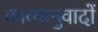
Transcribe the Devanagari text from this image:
काव्यानुवादों